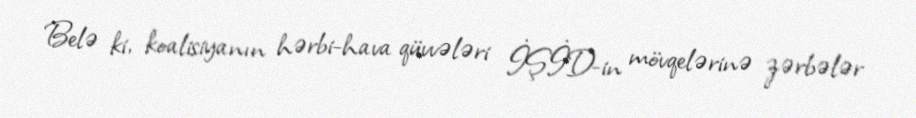
Belə ki, koalisiyanın hərbi-hava qüvvələri İŞİD-in mövqelərinə zərbələr